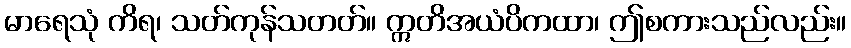
မာရေသုံ ကိရ၊ သတ်ကုန်သတတ်။ ဣတိအယံပိကထာ၊ ဤစကားသည်လည်း။